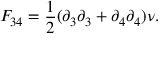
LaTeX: F _ { 3 4 } = { \frac { 1 } { 2 } } ( \partial _ { 3 } \partial _ { 3 } + \partial _ { 4 } \partial _ { 4 } ) \nu .